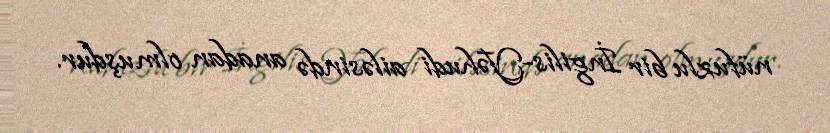
nüfuzlu bir İngilis-Yəhudi ailəsində anadan olmuşdur.